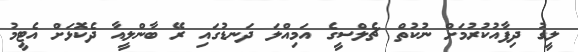
ލީގު ދިފާއުކުރުމަށް ނުކުތް ޗެލްސީގެ އަމިއްލަ ދަނޑުގައި ރޭ ބާންލީއާ ދެކޮޅަށް އެޓީމު